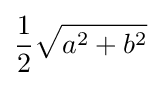
{\frac {1}{2}}{\sqrt {a^{2}+b^{2}}}